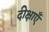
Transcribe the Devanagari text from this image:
दीक्षाएँ